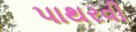
પાથરવી